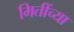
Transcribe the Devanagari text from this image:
मितींच्या